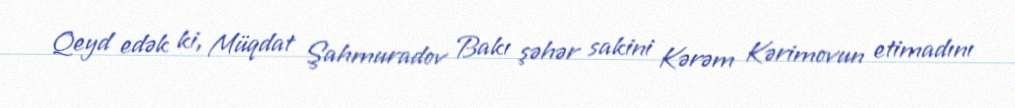
Qeyd edək ki, Müqdat Şahmuradov Bakı şəhər sakini Kərəm Kərimovun etimadını